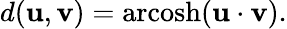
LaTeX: d(\mathbf{u},\mathbf{v})=\operatorname{arcosh}(\mathbf{u}\cdot\mathbf{v}).